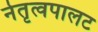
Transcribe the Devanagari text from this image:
नेतृत्वपालट